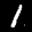
Label: 1